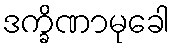
ဒက္ခိဏာမုခေါ